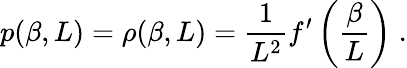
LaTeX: p(\beta,L)=\rho(\beta,L)=\frac{1}{L^{2}}f^{\prime}\left(\frac{\beta}{L}\right)\; .